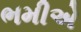
ભમીએ